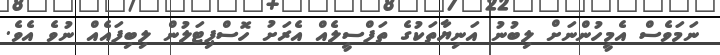
ނަމަވެސް އެމީހުންނަށް ލިބުނު އަނިޔާތަކުގެ ތަފްސީލެއް އެރަށު ހޮސްޕިޓަލުން ލިބިފައެއް ނުވެ އެވެ.